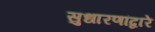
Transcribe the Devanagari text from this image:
सुधारणांद्वारे